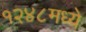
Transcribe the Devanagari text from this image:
१२४८मध्ये